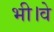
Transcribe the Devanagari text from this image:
भी।वे